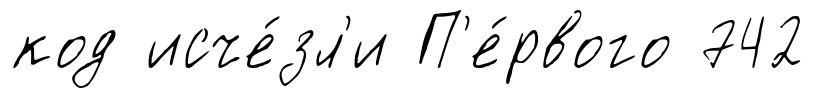
код исче́зл'и П'е́рвого 742